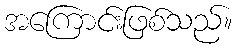
အကြောင်းဖြစ်သည်။